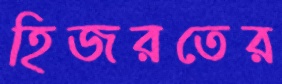
হিজরতের